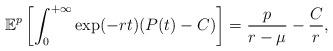
LaTeX: \begin{align*}\mathbb{E}^p\left[\int_0^{+\infty}\exp(-rt)(P(t)-C)\right]=\frac{p}{r-\mu}-\frac{C}{r},\end{align*}